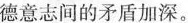
德意志间的矛盾加深。